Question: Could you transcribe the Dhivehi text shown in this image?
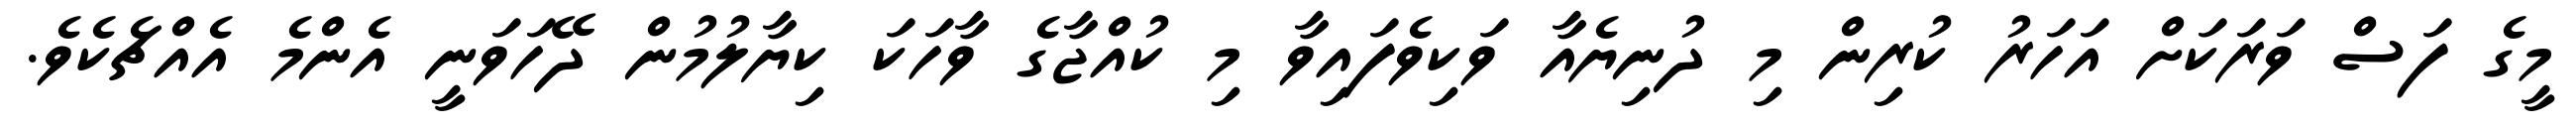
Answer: މީގެ ފަސް ވަރަކަށް އަހަރު ކުރިން މި ދުނިޔެއާ ވަކިވެފައިވާ މި ކުއްޖާގެ ވާހަކަ ކިޔާލުމުން ދޭހަވަނީ އެންމެ އެއްޗެކެވެ.